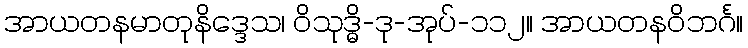
အာယတနမာတုနိဒ္ဒေသ၊ ဝိသုဒ္ဓိ-ဒု-အုပ်-၁၁၂။ အာယတနဝိဘင်္ဂ။